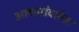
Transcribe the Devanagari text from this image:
अलामांदारेस